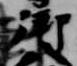
御